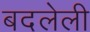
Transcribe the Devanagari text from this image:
बदलेली